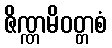
ဇိဏ္ဏမိဝတ္တစံ